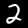
Digit: 2